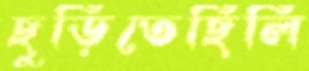
ছুড়িতেছিলি